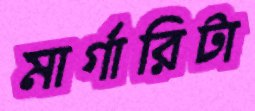
মার্গারিটা